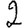
Digit: 2